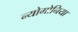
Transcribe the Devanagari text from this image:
न्योमोनिया